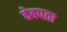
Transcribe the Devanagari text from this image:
वेबपता